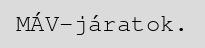
MÁV-járatok.